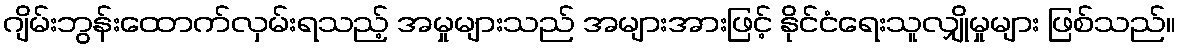
ဂျိမ်းဘွန်းထောက်လှမ်းရသည့် အမှုများသည် အများအားဖြင့် နိုင်ငံရေးသူလျှိုမှုများ ဖြစ်သည်။